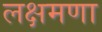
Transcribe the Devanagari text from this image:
लक्षमणा